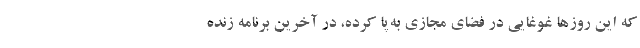
که این روزها غوغایی در فضای مجازی به‌پا کرده، در آخرین برنامه زنده